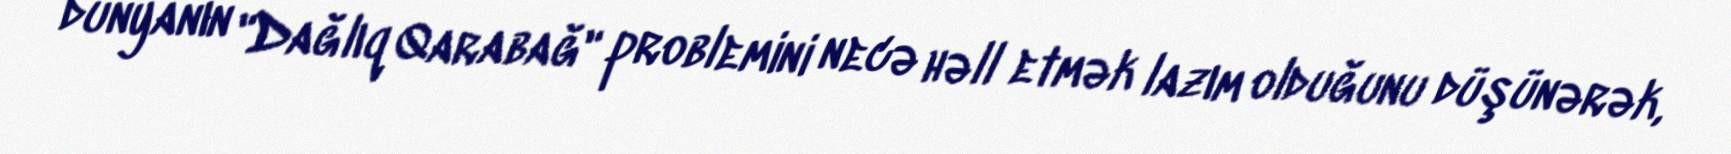
dünyanın "Dağlıq Qarabağ" problemini necə həll etmək lazım olduğunu düşünərək,